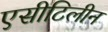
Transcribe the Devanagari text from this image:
एसीटिलीन